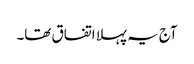
آج یہ پہلا اتفاق تھا۔